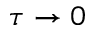
\tau \rightarrow 0